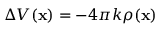
\Delta V ( \mathbf { x } ) = - 4 \pi k \rho ( \mathbf { x } )